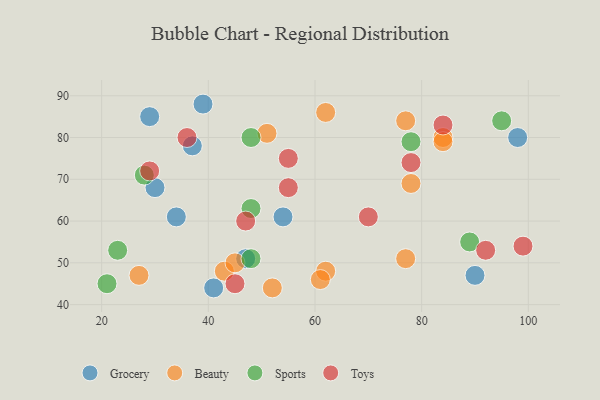
{"axis": {"x": "GDP", "y": "Life Expectancy"}, "legend": ["Beauty", "Grocery", "Sports", "Toys"], "data": [{"x": "47", "y": 51, "type": "Grocery"}, {"x": "29", "y": 85, "type": "Grocery"}, {"x": "39", "y": 88, "type": "Grocery"}, {"x": "54", "y": 61, "type": "Grocery"}, {"x": "98", "y": 80, "type": "Grocery"}, {"x": "30", "y": 68, "type": "Grocery"}, {"x": "41", "y": 44, "type": "Grocery"}, {"x": "37", "y": 78, "type": "Grocery"}, {"x": "90", "y": 47, "type": "Grocery"}, {"x": "34", "y": 61, "type": "Grocery"}, {"x": "78", "y": 69, "type": "Beauty"}, {"x": "84", "y": 80, "type": "Beauty"}, {"x": "77", "y": 51, "type": "Beauty"}, {"x": "43", "y": 48, "type": "Beauty"}, {"x": "62", "y": 86, "type": "Beauty"}, {"x": "52", "y": 44, "type": "Beauty"}, {"x": "62", "y": 48, "type": "Beauty"}, {"x": "84", "y": 79, "type": "Beauty"}, {"x": "77", "y": 84, "type": "Beauty"}, {"x": "61", "y": 46, "type": "Beauty"}, {"x": "27", "y": 47, "type": "Beauty"}, {"x": "45", "y": 50, "type": "Beauty"}, {"x": "51", "y": 81, "type": "Beauty"}, {"x": "21", "y": 45, "type": "Sports"}, {"x": "23", "y": 53, "type": "Sports"}, {"x": "48", "y": 63, "type": "Sports"}, {"x": "48", "y": 51, "type": "Sports"}, {"x": "89", "y": 55, "type": "Sports"}, {"x": "28", "y": 71, "type": "Sports"}, {"x": "95", "y": 84, "type": "Sports"}, {"x": "78", "y": 79, "type": "Sports"}, {"x": "48", "y": 80, "type": "Sports"}, {"x": "55", "y": 68, "type": "Toys"}, {"x": "99", "y": 54, "type": "Toys"}, {"x": "36", "y": 80, "type": "Toys"}, {"x": "92", "y": 53, "type": "Toys"}, {"x": "78", "y": 74, "type": "Toys"}, {"x": "45", "y": 45, "type": "Toys"}, {"x": "55", "y": 75, "type": "Toys"}, {"x": "70", "y": 61, "type": "Toys"}, {"x": "84", "y": 83, "type": "Toys"}, {"x": "29", "y": 72, "type": "Toys"}, {"x": "47", "y": 60, "type": "Toys"}]}